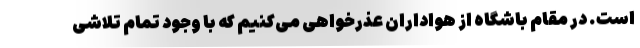
است. در مقام باشگاه از هواداران عذرخواهی می‌کنیم که با وجود تمام تلاشی